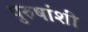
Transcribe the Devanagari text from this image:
पुरुषांशीं